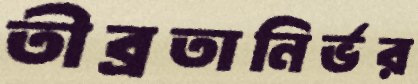
তীব্রতানির্ভর